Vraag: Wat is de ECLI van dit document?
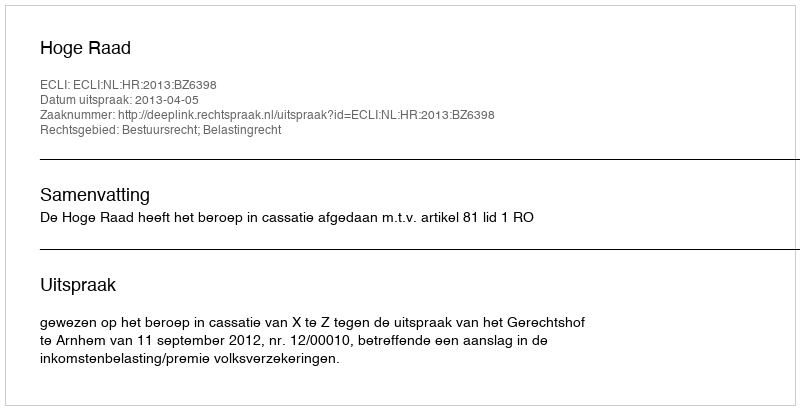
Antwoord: ECLI:NL:HR:2013:BZ6398